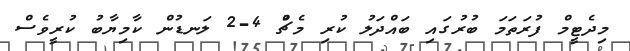
މިދެޓީީމް ފުރަތަމަ ބުރުގައި ބައްދަލު ކުރި މެޗުް 4-2 ލަނޑުން ކާމިޔާބު ކުރީވެސް